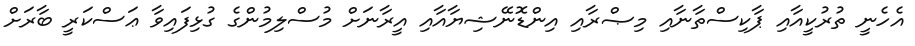
އެހެނީ ތުރުކީއާއި ޕާކިސްތާނާއި މިޞްރާއި އިންޑޮނޭޝިޔާއާއި އީރާނަށް މުސްލިމުންގެ ގުޅިފައިވާ ޢަސްކަރީ ބާރަށް